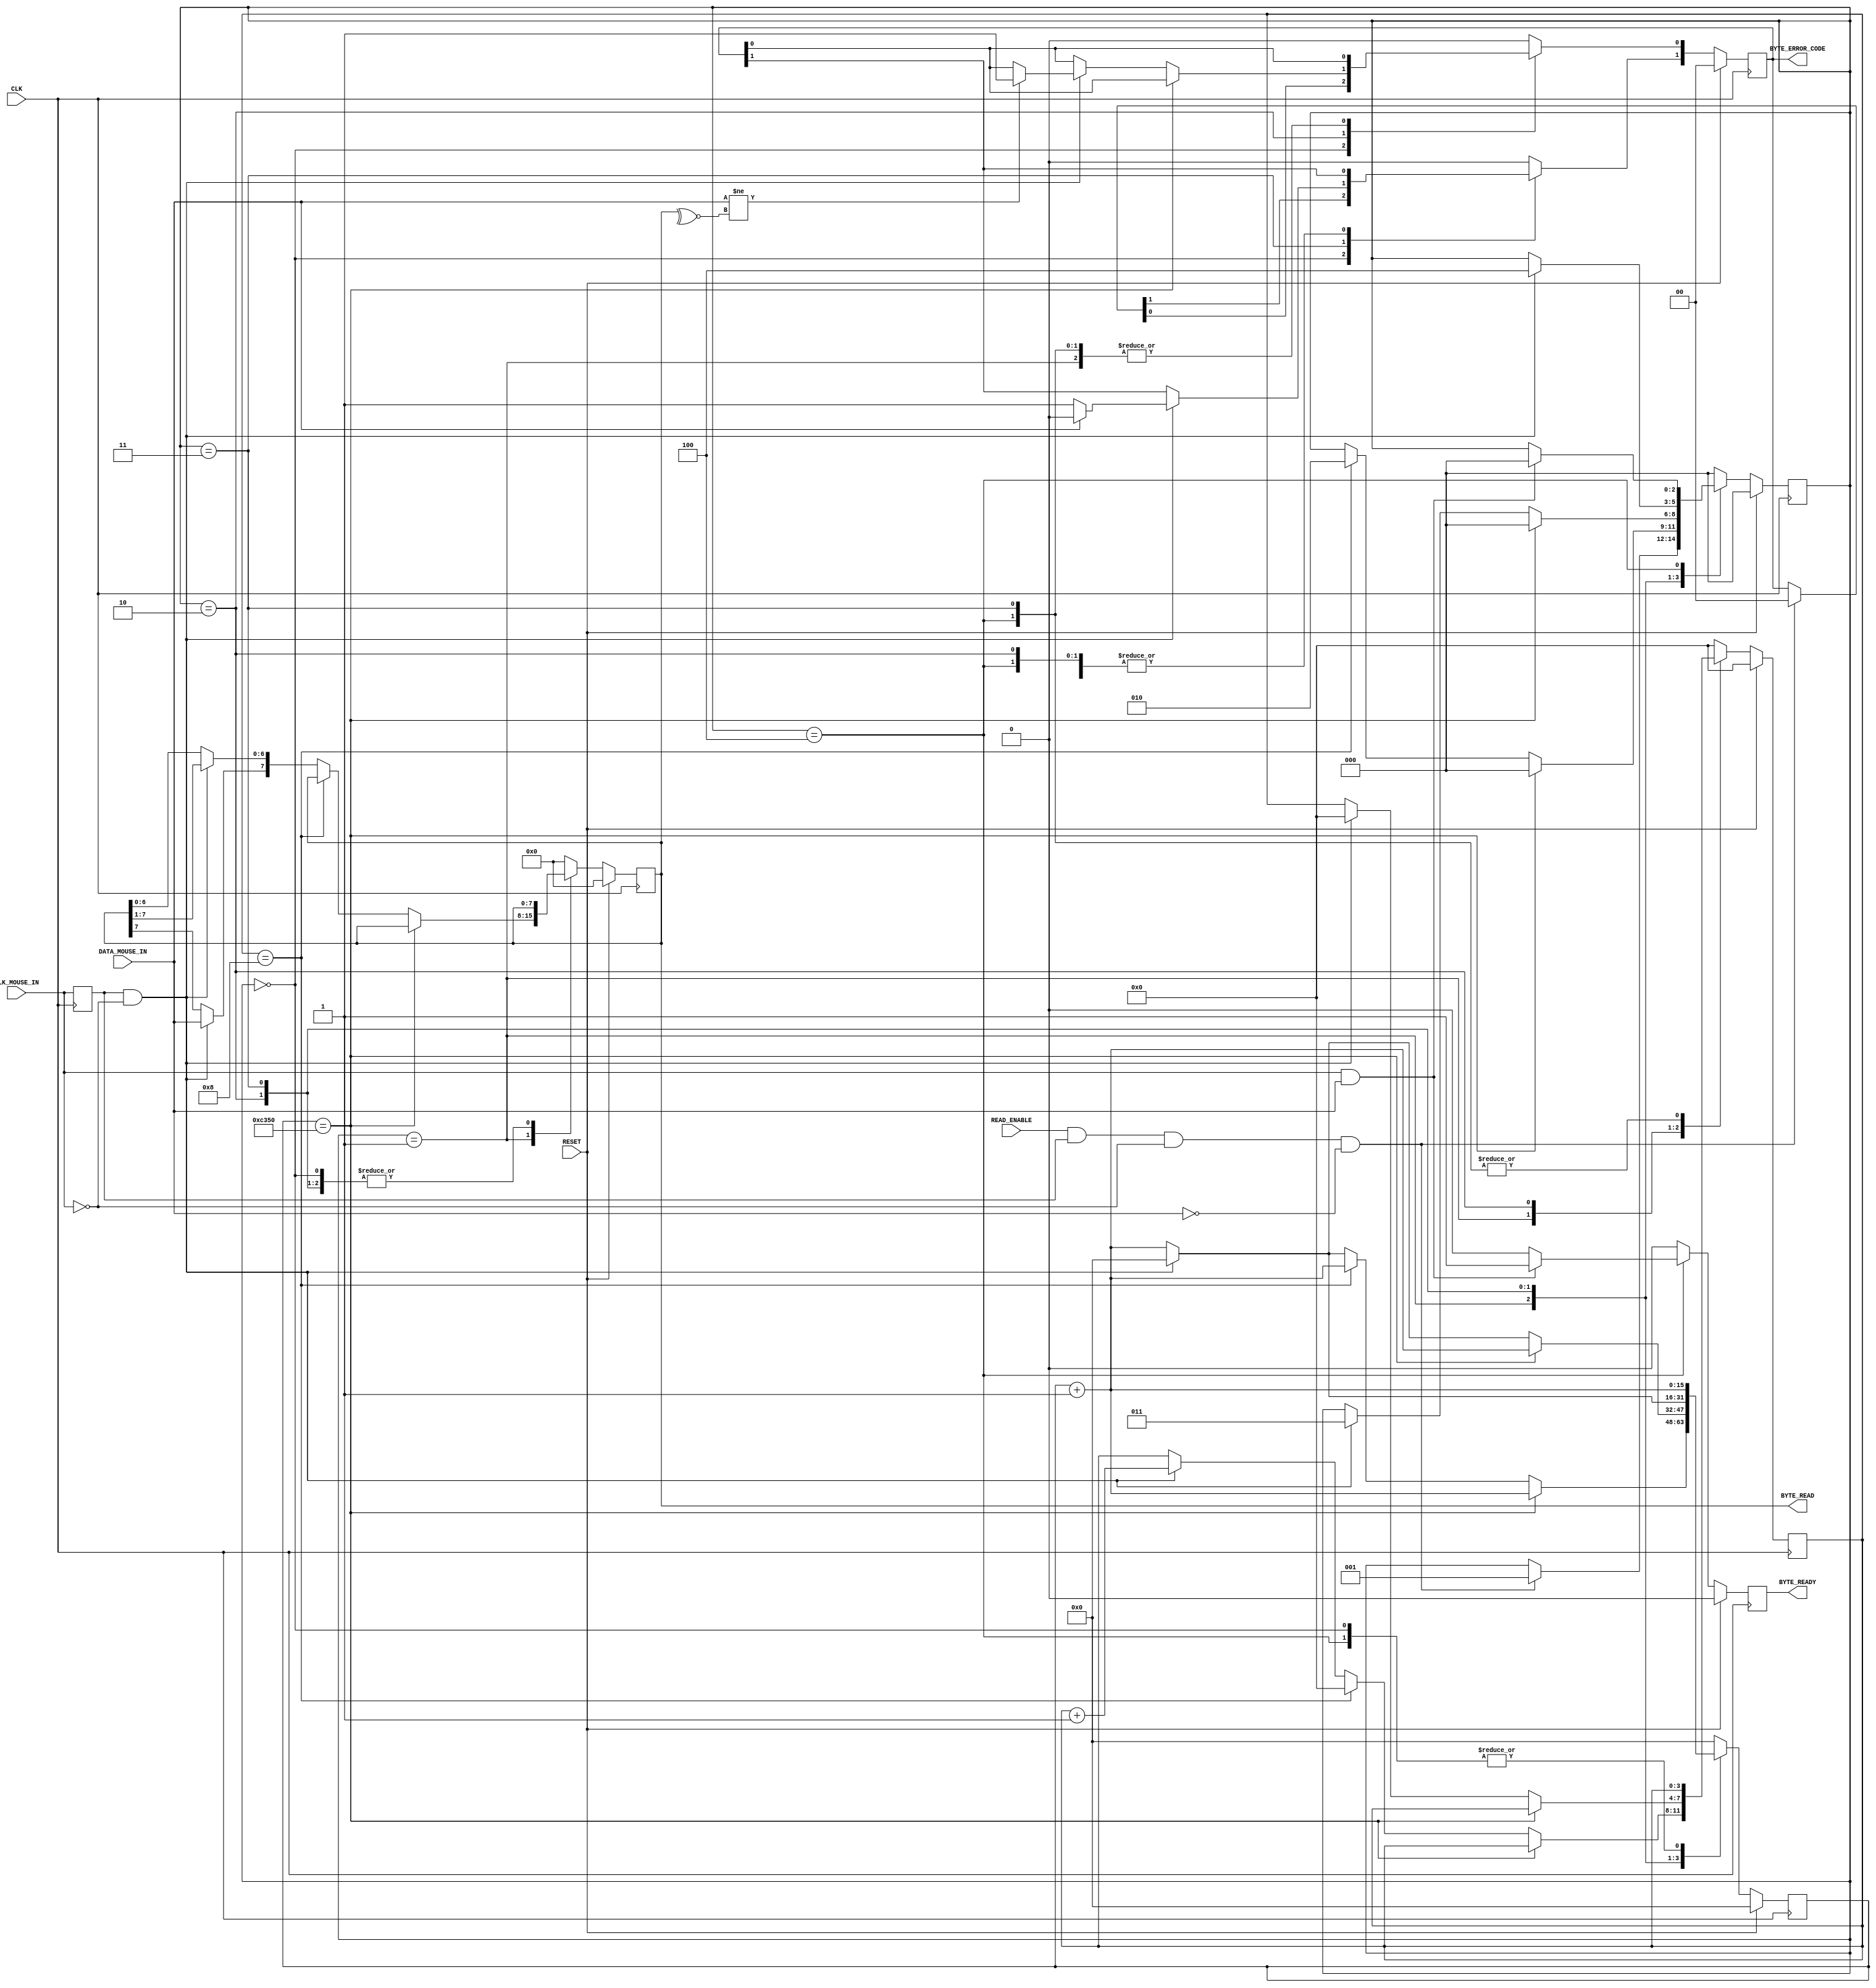
`timescale 1ns / 1ps
//////////////////////////////////////////////////////////////////////////////////
// Company: 
// Engineer: 
// 
// Design Name: 
// Module Name: MouseReceiver
// Project Name: 
// Target Devices: 
// Tool Versions: 
// Description: 
// 
// Dependencies: 
// 
// Revision:
// Revision 0.01 - File Created
// Additional Comments:
// 
//////////////////////////////////////////////////////////////////////////////////




module MouseReceiver(
    //Standard Inputs
    input RESET,
    input CLK,
    //Mouse IO - CLK
    input CLK_MOUSE_IN,
    //Mouse IO - DATA
    input DATA_MOUSE_IN,
    //Control
    input READ_ENABLE,
    output [7:0] BYTE_READ,
    output [1:0] BYTE_ERROR_CODE,
    output BYTE_READY
    );
    
    //////////////////////////////////////////////////////////
    // Clk Mouse delayed to detect clock edges
    reg ClkMouseInDly;
    always@(posedge CLK)
        ClkMouseInDly <= CLK_MOUSE_IN;
    
    //////////////////////////////////////////////////////////
    //A simple state machine to handle the incoming 11-bit codewords
    reg [2:0] Curr_State, Next_State;
    reg [7:0] Curr_MSCodeShiftReg, Next_MSCodeShiftReg;
    reg [3:0] Curr_BitCounter, Next_BitCounter;
    reg Curr_ByteReceived, Next_ByteReceived;
    reg [1:0] Curr_MSCodeStatus, Next_MSCodeStatus;
    reg [15:0] Curr_TimeoutCounter, Next_TimeoutCounter;
    
    //Sequential
    always@(posedge CLK) begin
        if(RESET) begin
            Curr_State <= 3'b000;
            Curr_MSCodeShiftReg <= 8'h00;
            Curr_BitCounter <= 0;
            Curr_ByteReceived <= 1'b0;
            Curr_MSCodeStatus <= 2'b00;
            Curr_TimeoutCounter <= 0;
        end else begin
            Curr_State <= Next_State;
            Curr_MSCodeShiftReg <= Next_MSCodeShiftReg;
            Curr_BitCounter <= Next_BitCounter;
            Curr_ByteReceived <= Next_ByteReceived;
            Curr_MSCodeStatus <= Next_MSCodeStatus;
            Curr_TimeoutCounter <= Next_TimeoutCounter;
        end
    end
    
    //Combinatorial
    always@* begin
        //defaults to make the State Machine more readable
        Next_State = Curr_State;
        Next_MSCodeShiftReg = Curr_MSCodeShiftReg;
        Next_BitCounter = Curr_BitCounter;
        Next_ByteReceived = 1'b0;
        Next_MSCodeStatus = Curr_MSCodeStatus;
        Next_TimeoutCounter = Curr_TimeoutCounter + 1'b1;
        
        //The states
        case (Curr_State)
        3'b000: begin
            //Falling edge of Mouse clock and MouseData is low i.e. start bit
            if(READ_ENABLE & ClkMouseInDly & ~CLK_MOUSE_IN & ~DATA_MOUSE_IN) begin
                Next_State = 3'b001;
                Next_MSCodeStatus = 2'b00;
            end
            Next_BitCounter = 0;
        end
        //Read successive byte bits from the mouse here
        3'b001: begin
            if(Curr_TimeoutCounter == 50000) // 1ms timeout
                Next_State = 3'b000;
            else if(Curr_BitCounter == 8) begin // if last bit go to parity bit check
                Next_State = 3'b010;
                Next_BitCounter = 0;
            end else if(ClkMouseInDly & ~CLK_MOUSE_IN) begin //Shift Byte in
                Next_MSCodeShiftReg[6:0] = Curr_MSCodeShiftReg[7:1];
                Next_MSCodeShiftReg[7] = DATA_MOUSE_IN;
                Next_BitCounter = Curr_BitCounter + 1;
                Next_TimeoutCounter = 0;
            end
        end
        //Check Parity Bit
        3'b010: begin
            //Falling edge of Mouse clock and MouseData is odd parity
            if(Curr_TimeoutCounter == 50000)
                Next_State = 3'b000;
            else if(ClkMouseInDly & ~CLK_MOUSE_IN) begin
                if(DATA_MOUSE_IN != ~^Curr_MSCodeShiftReg[7:0]) // Parity bit error
                    Next_MSCodeStatus[0] = 1'b1;
                Next_BitCounter = 0;
                Next_State = 3'b011;
                Next_TimeoutCounter = 0;
            end
        end
            
        /*
        Fill in the code for State 3'b011 to detect the Stop bit and set MSCodeStatus [1] accordingly, the final
        State 3'b100, as well as default State
        */
        /*
        FILL IN THIS AREA
        */
        //Detect Stop bit
        3'b011: begin
            //Falling edge of Mouse clock and MouseData is Stop bit
            if(Curr_TimeoutCounter == 100000) // 1ms timeout
                Next_State = 3'b000;
            else if(ClkMouseInDly & ~CLK_MOUSE_IN) begin
                // If stop bit is logic 1 there is no error
                if(DATA_MOUSE_IN)
                    Next_MSCodeStatus[1] = 1'b0;
                else
                    // else there is an error
                    Next_MSCodeStatus[1] = 1'b1;
                
                Next_State = 3'b100;
                Next_TimeoutCounter = 0;
            end
        end
        
        //Confirm that byte was received and return to first state
        3'b100: begin
            if(Curr_TimeoutCounter == 100000) // 1ms timeout for 100MHz Clock
                Next_State = 3'b000;
            if (CLK_MOUSE_IN & DATA_MOUSE_IN) begin
                Next_ByteReceived = 1'b1;
                Next_State = 3'b000;
            end
        end
        
        //DEFAUlT STATE
        default: begin
            Next_State = 3'b000;
            Next_MSCodeShiftReg = 8'h00;
            Next_BitCounter = 0;
            Next_ByteReceived = 1'b0;
            Next_MSCodeStatus = 2'b00;
            Next_TimeoutCounter = 0;
        end   
        endcase
    end
    
    assign BYTE_READY = Curr_ByteReceived;
    assign BYTE_READ = Curr_MSCodeShiftReg;
    assign BYTE_ERROR_CODE = Curr_MSCodeStatus;
    
endmodule